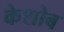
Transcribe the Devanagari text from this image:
केशोब